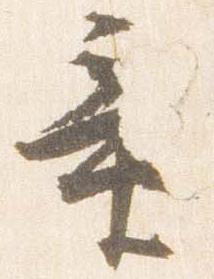
童